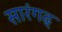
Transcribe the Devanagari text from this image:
सारंगढ्